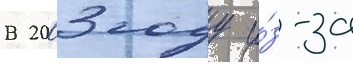
В 2003 году и́з-за